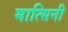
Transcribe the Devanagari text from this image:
मात्सिनी